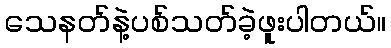
သေနတ်နဲ့ပစ်သတ်ခဲ့ဖူးပါတယ်။